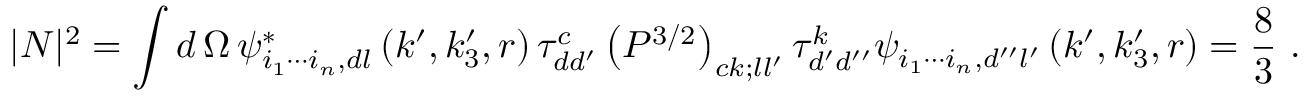
| N | ^ { 2 } = \int d \, \Omega \, \psi _ { i _ { 1 } \cdots i _ { n } , d l } ^ { \ast } \left( k ^ { \prime } , k _ { 3 } ^ { \prime } , r \right) \tau _ { d d ^ { \prime } } ^ { c } \left( P ^ { 3 / 2 } \right) _ { c k ; l l ^ { \prime } } \tau _ { d ^ { \prime } d ^ { \prime \prime } } ^ { k } \psi _ { i _ { 1 } \cdots i _ { n } , d ^ { \prime \prime } l ^ { \prime } } \left( k ^ { \prime } , k _ { 3 } ^ { \prime } , r \right) = \frac { 8 } { 3 } \ .